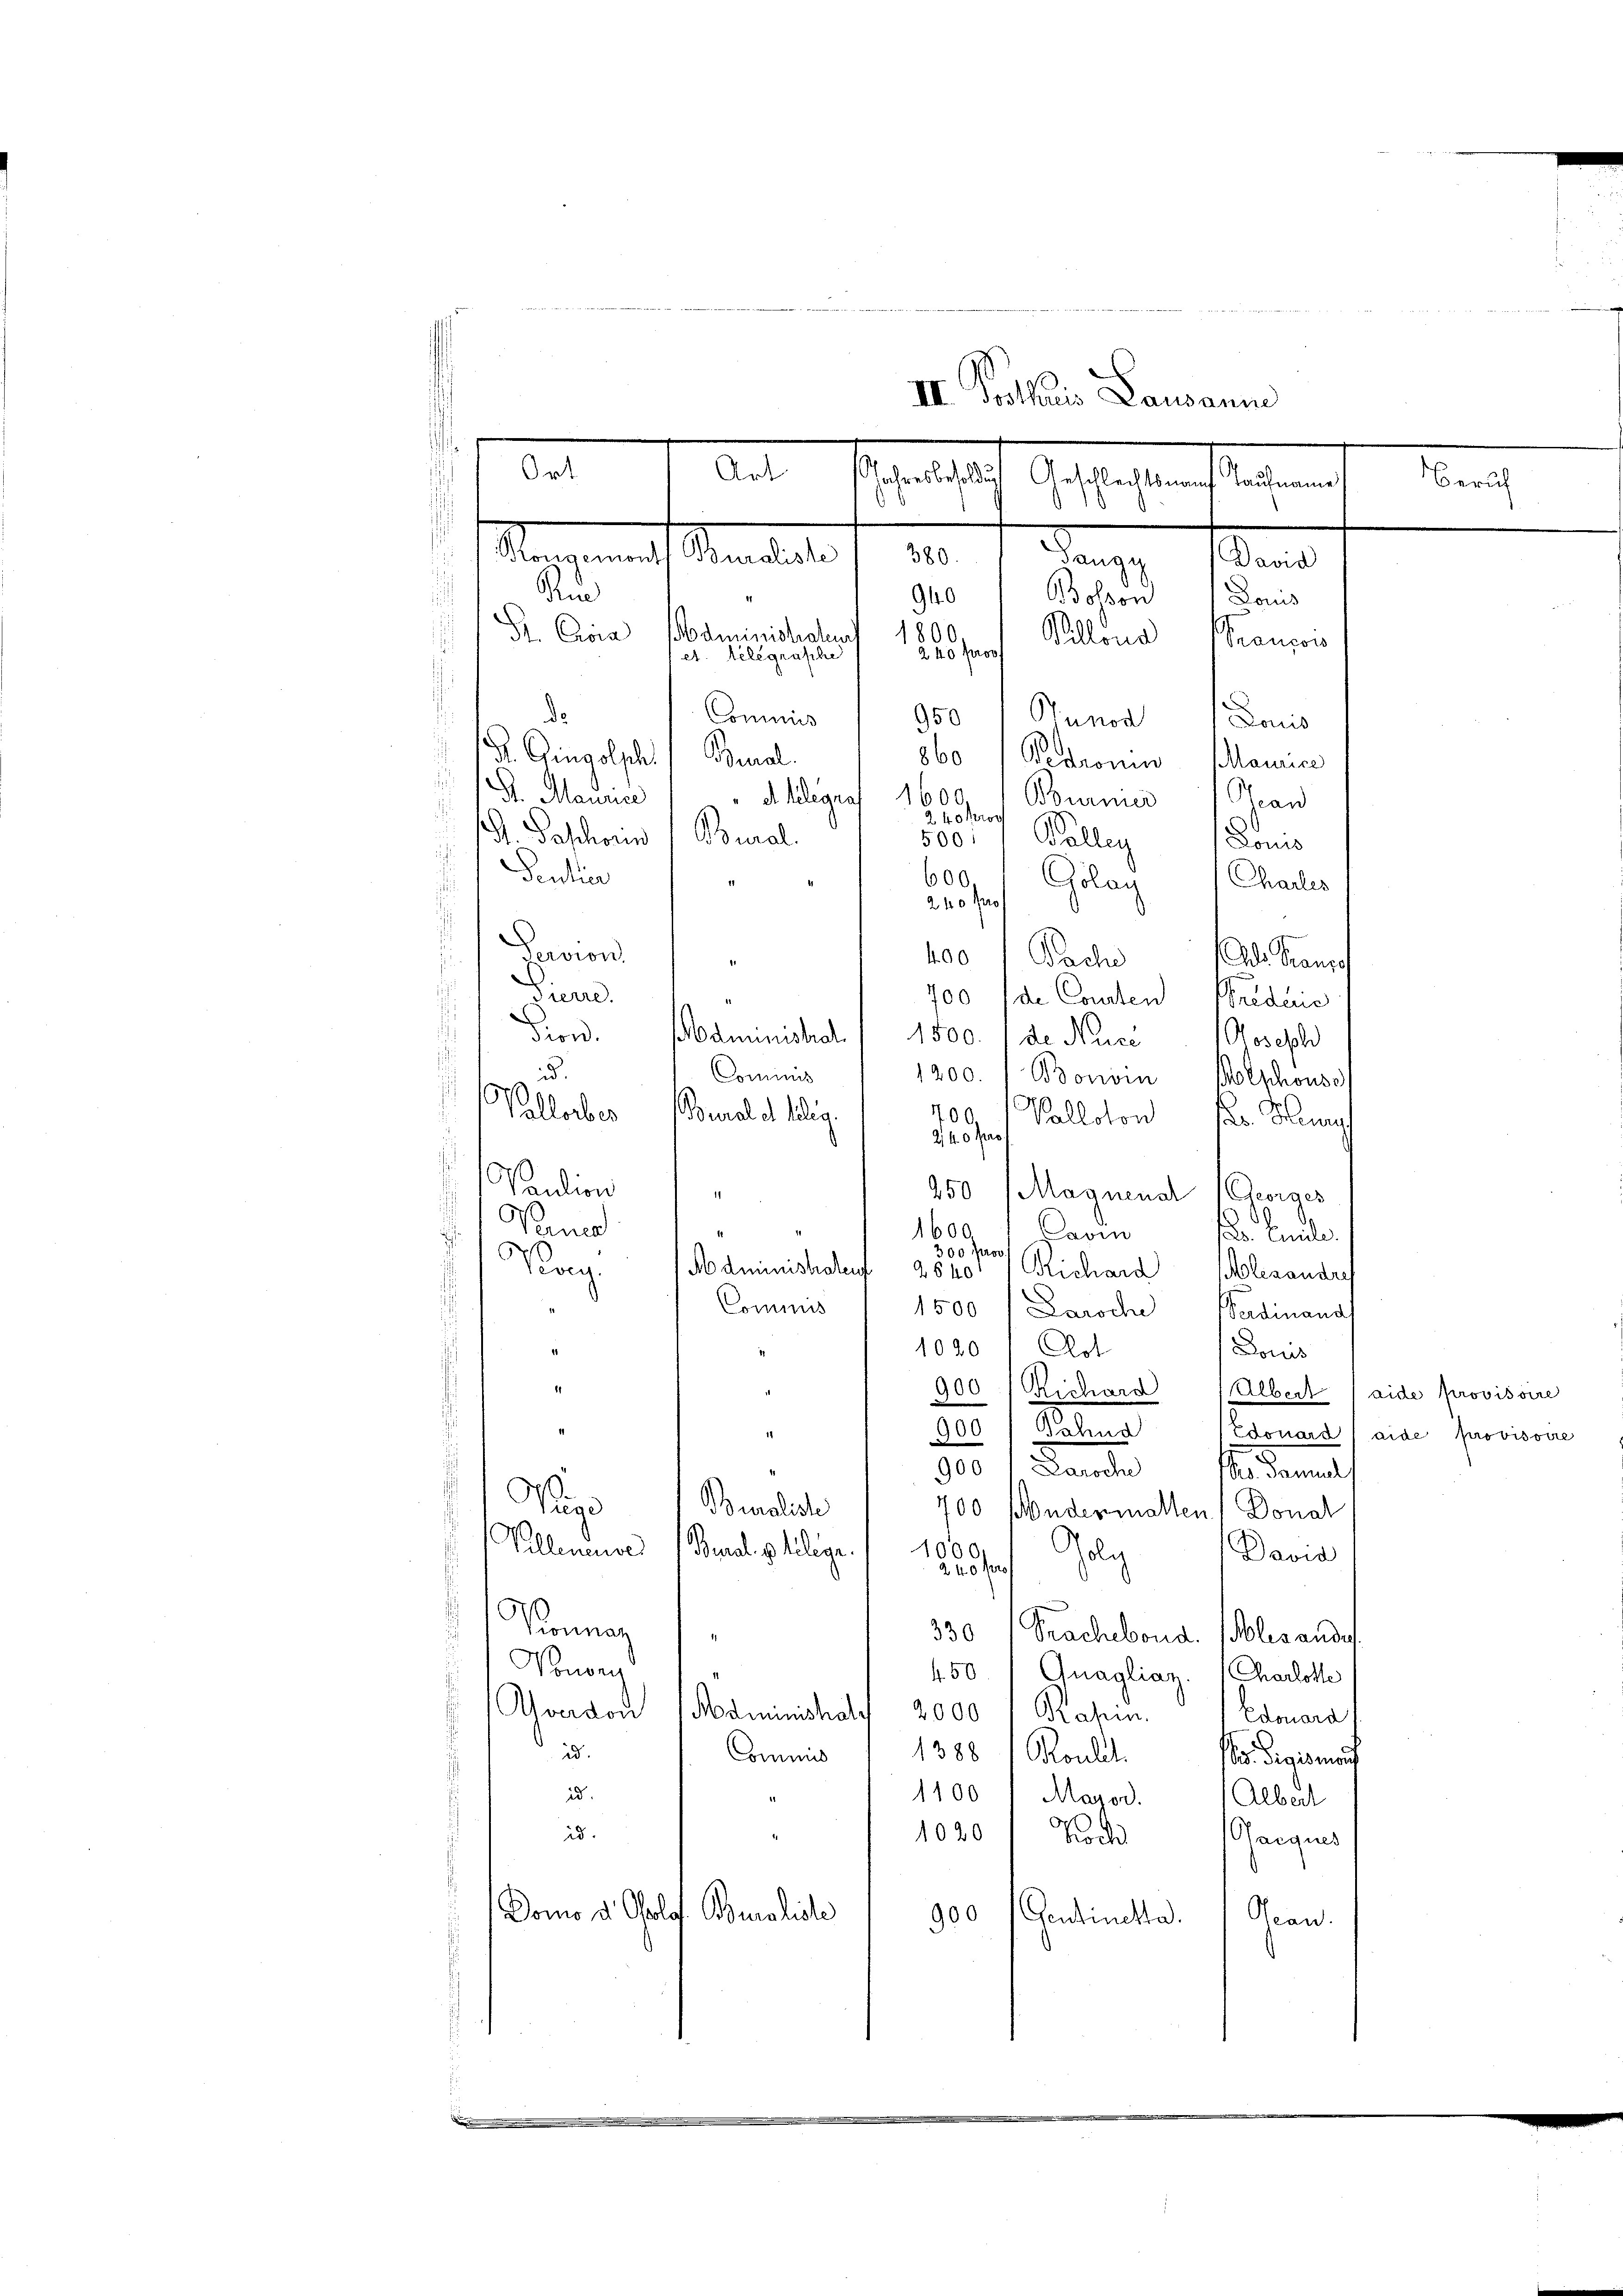
in 1. Seinen
III. Postkuris Lausanne
Ort
Alt Schnet sich Gestaltungsrathen
e

Tangy (David
i
940
Bolson Paus
1800
Sr. Eisia Administeten
Billena Sancor
240 pro
et. Relegraphe
s
de
Commis
950 Hunod Louis
G. Einsolphi Beal
860 /Pedronin (Maurice
S. Maurice
d. Gelegra 1600. 1 Bourner Bean
2 40 kros
s
d. Paschoren (Bural
500:
Colleg
n
 Sentier
600
Colay
Charles
.
240 x
s
d
Servion
400
Pach
.
Pierre.
1700 (de Conten Briderie
s
Fion. Administrat. / 1500. / de Nuce 1 Joseph
Commis
id.
1200. /Bonoi Bolphonso
o
Vallorber
400
Bural et ledig.
Valloton Hr. Heury
240 fr
.
e
d
Paution
1
250 (Magnenat Georges
Nied
1600
. Civile
avin
300 for
.
Vevey
Administratent 2840. Richard Molesandre
Commis
1500 (Laroche Verdinand
1020 Art
Douis
.
000 (Richard Albert (aide provisoire
900 / Bahnd
1
900 " Laroche
s. damals
Pund
Buraliste
700 Andermalten Donat
Vellenenser Bund pflege.
1000
Galg
David
240 Pro
0
Ponnan
330 (Frachebond. (Fles ande
Ponon
450 Quaglian Charlotte
Averdon Adminishaly 2000 Grafen.
Edouard
id.
1388 / Roulel.
Commis
es. Sigismand
id.
1100 " Majod.
Albert
id.
1020 Noch
Gaeques
Domo d. Polof. Buraliste
900 (Gentinetta.
Ocean,

Sangen auf Marieli d. d.

.

Lono

i
Als Franzo

Zürich

Edouard (aide provisoire